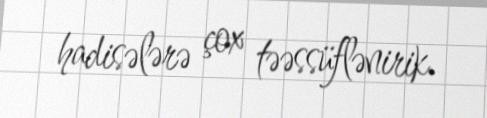
hadisələrə çox təəssüflənirik.